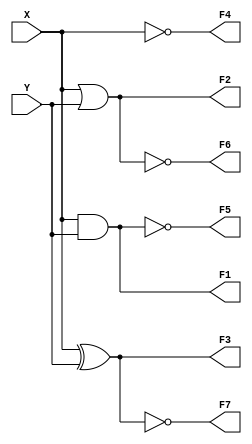
module gate_model(
    input X,Y,
    output F1,
    output F2,
    output F3,
    output F4,
    output F5,
    output F6,
    output F7);
    
    and AND_1(F1, X,Y);
    or OR_2(F2, X,Y);
    xor XOR_3(F3, X,Y);
    not NOT_4(F4, X);
    nand NAND_5(F5, X,Y);
    nor NOR_6(F6, X,Y);
    xnor XNOR_7(F7, X,Y);
endmodule